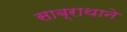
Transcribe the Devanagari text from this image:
साब्राथाने